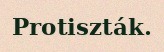
Protiszták.